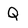
Character: Q